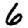
Digit: 6